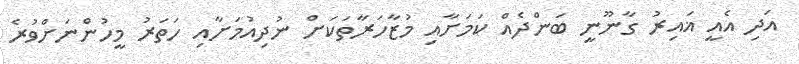
އަދި އެއީ ޣައިރު ގާނޫނީ ބަންދެއް ކަމަށާއި މުޒާހަރާތަކަށް ނުދިއުމަށާއި ހަތަރު މީހުންނަށްވުރެ